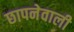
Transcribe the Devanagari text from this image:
छापनेवाली